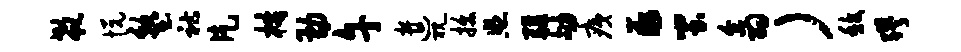
欷悦塾祜片梏勘午遣视拔照疆劬痍薤蚩翕）馥缪